Source: Handwritten
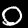
Digit: ၀ (0)